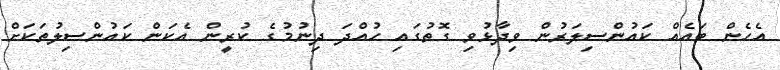
އެހެން ބައެއް ކަައުންސިލަަރުން ވިދާޅުވި ގޮތުގައި ހުއްދަ ދިނުމުގެ ކުރީން އެކަން ކައުންސިލުތަކަށް